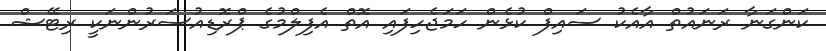
ކަންގަނާ ރަނައުތް އާއެކު ސައިފް ކުޅެން ހަމަޖެހިފައި އޮތް އެފިލްމުގެ ޕްރޮޑިއުސަރުންނަކީ ރިޓޭޝް